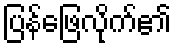
ပြန်ဖြေလိုက်၏